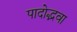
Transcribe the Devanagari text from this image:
पादोद्भवा